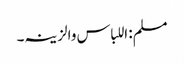
مسلم: اللباس والزینہ۔